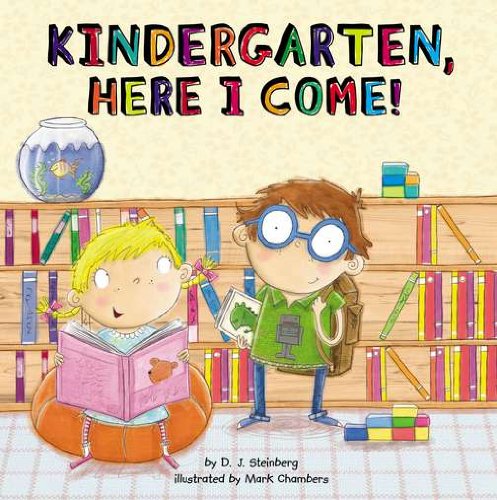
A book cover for Kindergarten, Here I Come!; D.J. Steinberg; Children's Books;